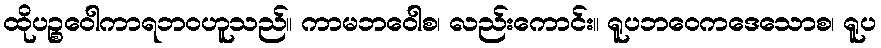
ထိုပဉ္စဝေါကာရဘဝဟူသည်။ ကာမဘဝေါစ၊ လည်းကောင်း။ ရူပဘဝေကဒေသောစ၊ ရူပ